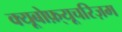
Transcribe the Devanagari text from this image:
क्यूबोफ़्यूचरिज़म